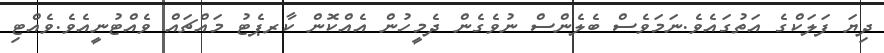
ދިޔަ ފަލަކްގެ އަތުގައެވެ.ނަމަވެސް ބެލެންސް ނުވެގެން ދެމީހުން އެއްކޮން ކާރޕެޓު މައްޗައް ވެއްޓުނީއެވެ.ވެއްޓި